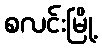
စလင်းမြို့